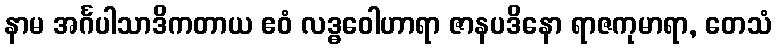
နာမ အင်္ဂပါသာဒိကတာယ ဧဝံ လဒ္ဓဝေါဟာရာ ဇာနပဒိနော ရာဇကုမာရာ, တေသံ